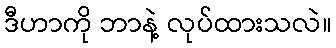
ဒီဟာကို ဘာနဲ့ လုပ်ထားသလဲ။